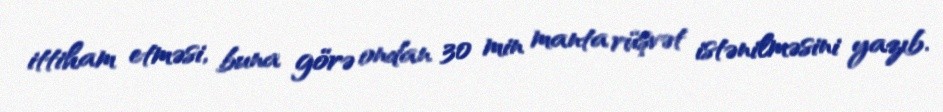
ittiham etməsi, buna görə ondan 30 min manta rüşvət istənilməsini yazıb.